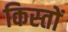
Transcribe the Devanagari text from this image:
किस्‍तों